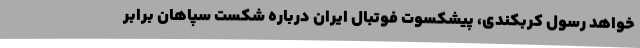
‌خواهد رسول کربکندی، پیشکسوت فوتبال ایران درباره شکست سپاهان برابر